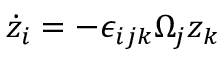
\dot { z } _ { i } = - \epsilon _ { i j k } \Omega _ { j } z _ { k }